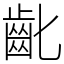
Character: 齔